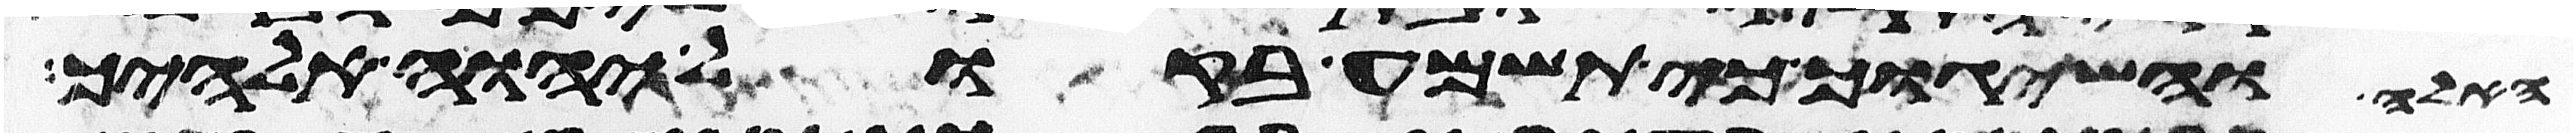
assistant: האלה והשיגוך כי תשמע בקול יהוה אלהיך